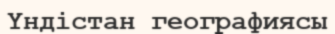
Үндістан географиясы